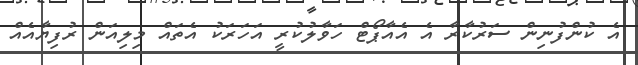
އެ ކުންފުނިން ސަރުކާރާ އެ އެއާޕޯޓް ހަވާލުކުރީ އަހަރަކު އެތައް މިލިއަން ރުފިޔާއެއް